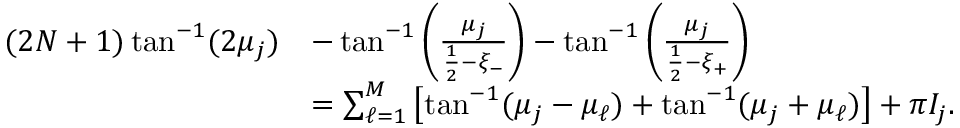
\begin{array} { r l } { ( 2 N + 1 ) \tan ^ { - 1 } ( 2 \mu _ { j } ) } & { - \tan ^ { - 1 } \left( \frac { \mu _ { j } } { \frac { 1 } { 2 } - \xi _ { - } } \right) - \tan ^ { - 1 } \left( \frac { \mu _ { j } } { \frac { 1 } { 2 } - \xi _ { + } } \right) } \\ & { = \sum _ { \ell = 1 } ^ { M } \left[ \tan ^ { - 1 } ( \mu _ { j } - \mu _ { \ell } ) + \tan ^ { - 1 } ( \mu _ { j } + \mu _ { \ell } ) \right] + \pi I _ { j } . } \end{array}